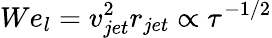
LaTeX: We_{l}=v_{jet}^{2}r_{jet}\propto\tau^{-1/2}